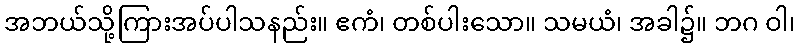
အဘယ်သို့ကြားအပ်ပါသနည်း။ ဧကံ၊ တစ်ပါးသော။ သမယံ၊ အခါ၌။ ဘဂ ဝါ၊